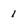
Character: 1